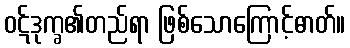
ဝဋ်ဒုက္ခ၏တည်ရာ ဖြစ်သောကြောင့်ဓာတ်။